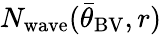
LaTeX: N_{\mathrm{wave}}({\bar{\theta}}_{\mathrm{BV}},r)